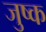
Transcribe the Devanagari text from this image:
जुष्क